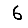
Digit: 6